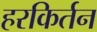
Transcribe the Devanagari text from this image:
हरकिर्तन